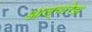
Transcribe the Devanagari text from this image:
आल्वारेझ